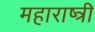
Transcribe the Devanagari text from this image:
महाराष्त्री